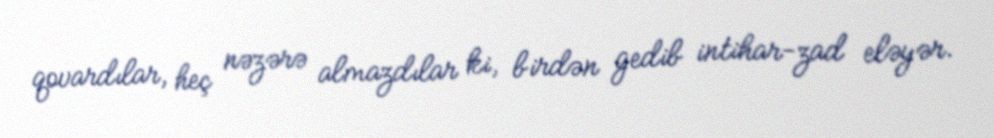
qovardılar, heç nəzərə almazdılar ki, birdən gedib intihar-zad eləyər.